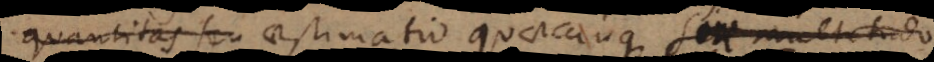
quantitas seu aestimatio quaecunque. seu multitudo